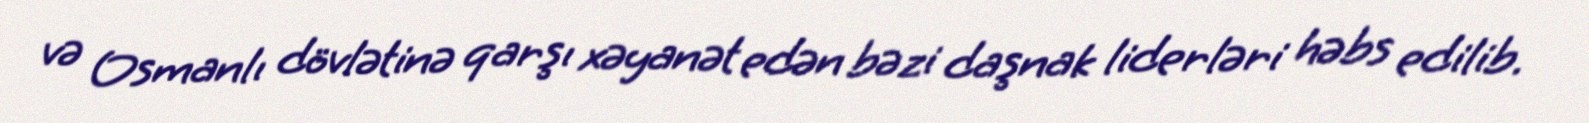
və Osmanlı dövlətinə qarşı xəyanət edən bəzi daşnak liderləri həbs edilib.